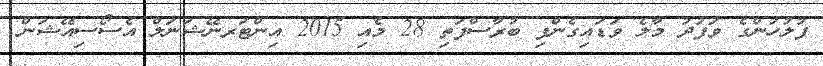
ފުލުހުންގެ ވަފުދު މާލެ ވަޑައިގެންފި ބުރާސްފަތި 28 މެއި 2015 އިންޓަރނޭޝަނަލް އެސޯސިއޭޝަން